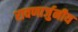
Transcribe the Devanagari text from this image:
रावणार्जुनीय